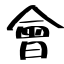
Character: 會